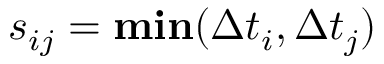
s _ { i j } = { \bf { m i n } } ( { \Delta t } _ { i } , { \Delta t } _ { j } )